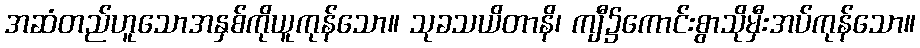
အဆံတည်ဟူသောအနှစ်ကိုယူကုန်သော။ သုခသယိတာနိ၊ ကျီ၌ကောင်းစွာသိုမှီးအပ်ကုန်သော။